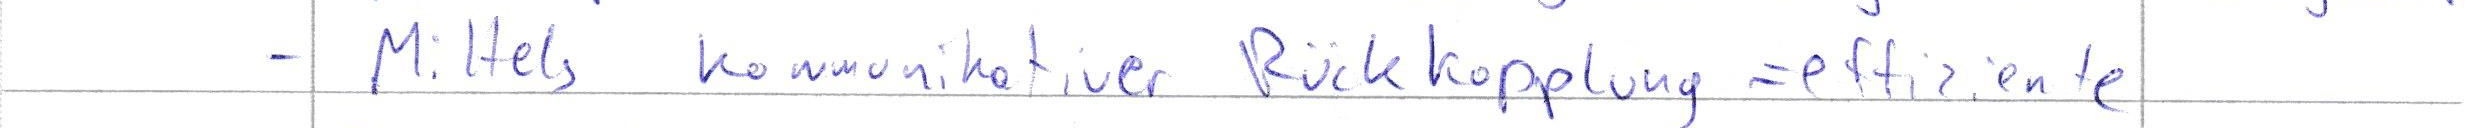
- Mittels kommunikativer Rückkopplung = effiziente